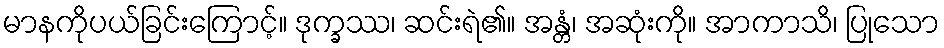
မာနကိုပယ်ခြင်းကြောင့်။ ဒုက္ခဿ၊ ဆင်းရဲ၏။ အန္တံ၊ အဆုံးကို။ အာကာသိ၊ ပြုသော